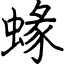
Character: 蝝